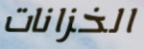
الخزانات